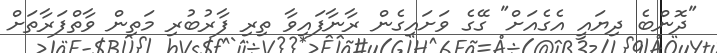
"ދޮންބެ ދިޔައީ އެގެއަށް" ގޭގެ ވަށައިގެން ރާނާފައިވާ ތިރި ފާރުބުރި މަތިން ވާތްފަރާތަށް